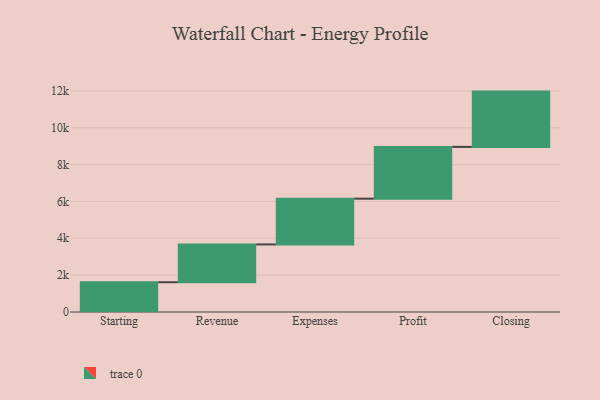
{"axis": {"x": "Step", "y": "Value"}, "legend": [""], "data": [{"x": "Starting", "y": 1616.0, "type": ""}, {"x": "Revenue", "y": 2051.0, "type": ""}, {"x": "Expenses", "y": 2484.0, "type": ""}, {"x": "Profit", "y": 2810.0, "type": ""}, {"x": "Closing", "y": 3000, "type": ""}]}